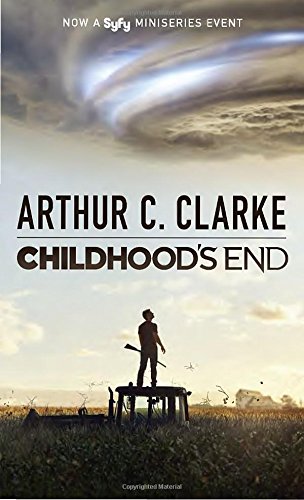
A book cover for Childhood's End (Syfy TV Tie-in); Arthur C. Clarke; Science Fiction & Fantasy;